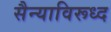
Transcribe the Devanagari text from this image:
सैन्याविरूध्द